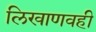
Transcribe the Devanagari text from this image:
लिखाणवही